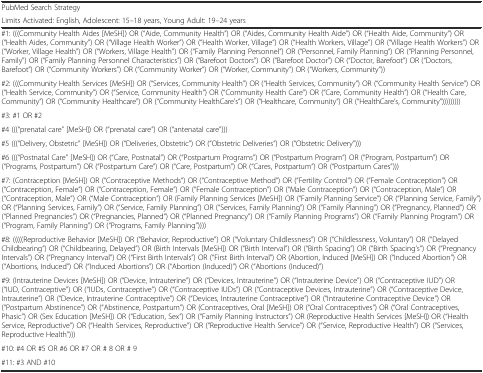
<table><thead><tr><td><b>PubMed Search Strategy</b></td></tr><tr><td><b>Limits Activated: English, Adolescent: 15–18 years, Young Adult: 19–24 years</b></td></tr></thead><tbody><tr><td>#1: (((Community Health Aides [MeSH]) OR (“Aide, Community Health”) OR (“Aides, Community Health Aide”) OR (“Health Aide, Community”) OR (“Health Aides, Community”) OR (“Village Health Worker”) OR (“Health Worker, Village”) OR (“Health Workers, Village”) OR (“Village Health Workers”) OR (“Worker, Village Health”) OR (“Workers, Village Health”) OR (“Family Planning Personnel”) OR (“Personnel, Family Planning”) OR (“Planning Personnel, Family”) OR (“Family Planning Personnel Characteristics”) OR (“Barefoot Doctors”) OR (“Barefoot Doctor”) OR (“Doctor, Barefoot”) OR (“Doctors, Barefoot”) OR (“Community Workers”) OR (“Community Worker”) OR (“Worker, Community”) OR (“Workers, Community”))</td></tr><tr><td>#2: (((Community Health Services [MeSH]) OR (“Services, Community Health”) OR (“Health Services, Community”) OR (“Community Health Service”) OR (“Health Service, Community”) OR (“Service, Community Health”) OR (“Community Health Care”) OR (“Care, Community Health”) OR (“Health Care, Community”) OR (“Community Healthcare”) OR (“Community HealthCare’s”) OR (“Healthcare, Community”) OR (“HealthCare’s, Community”)))))))))</td></tr><tr><td>#3: #1 OR #2</td></tr><tr><td>#4 (((“prenatal care” [MeSH]) OR (“prenatal care”) OR (“antenatal care”)))</td></tr><tr><td>#5 (((“Delivery, Obstetric” [MeSH]) OR (“Deliveries, Obstetric”) OR (“Obstetric Deliveries”) OR (“Obstetric Delivery”)))</td></tr><tr><td>#6 (((“Postnatal Care” [MeSH]) OR (“Care, Postnatal”) OR (“Postpartum Programs”) OR (“Postpartum Program”) OR (“Program, Postpartum”) OR (“Programs, Postpartum”) OR (“Postpartum Care”) OR (“Care, Postpartum”) OR (“Cares, Postpartum”) OR (“Postpartum Cares”)))</td></tr><tr><td>#7: (Contraception [MeSH]) OR (“Contraceptive Methods”) OR (“Contraceptive Method”) OR (“Fertility Control”) OR (“Female Contraception”) OR (“Contraception, Female”) OR (“Contraception, Female”) OR (“Female Contraception”) OR (“Male Contraception”) OR (“Contraception, Male”) OR (“Contraception, Male”) OR (“Male Contraception”) OR (Family Planning Services [MeSH]) OR (“Family Planning Service”) OR (“Planning Service, Family”) OR (“Planning Services, Family”) OR (“Service, Family Planning”) OR (“Services, Family Planning”) OR (“Family Planning”) OR (“Pregnancy, Planned”) OR (“Planned Pregnancies”) OR (“Pregnancies, Planned”) OR (“Planned Pregnancy”) OR (“Family Planning Programs”) OR (“Family Planning Program”) OR (“Program, Family Planning”) OR (“Programs, Family Planning”))))</td></tr><tr><td>#8: (((((Reproductive Behavior [MeSH]) OR (“Behavior, Reproductive”) OR (“Voluntary Childlessness”) OR (“Childlessness, Voluntary”) OR (“Delayed Childbearing”) OR (“Childbearing, Delayed”) OR (Birth Intervals [MeSH]) OR (“Birth Interval”) OR (“Birth Spacing”) OR (“Birth Spacing’s”) OR (“Pregnancy Intervals”) OR (“Pregnancy Interval”) OR (“First Birth Intervals”) OR (“First Birth Interval”) OR (Abortion, Induced [MeSH]) OR (“Induced Abortion”) OR (“Abortions, Induced”) OR (“Induced Abortions”) OR (“Abortion (Induced)”) OR (“Abortions (Induced)”)</td></tr><tr><td>#9: (Intrauterine Devices [MeSH]) OR (“Device, Intrauterine”) OR (“Devices, Intrauterine”) OR (“Intrauterine Device”) OR (“Contraceptive IUD”) OR (“IUD, Contraceptive”) OR (“IUDs, Contraceptive”) OR (“Contraceptive IUDs”) OR (“Contraceptive Devices, Intrauterine”) OR (“Contraceptive Device, Intrauterine”) OR (“Device, Intrauterine Contraceptive”) OR (“Devices, Intrauterine Contraceptive”) OR (“Intrauterine Contraceptive Device”) OR (“Postpartum Abstinence”) OR (“Abstinence, Postpartum”) OR (Contraceptives, Oral [MeSH]) OR (“Oral Contraceptives”) OR (“Oral Contraceptives, Phasic”) OR (Sex Education [MeSH]) OR (“Education, Sex”) OR (“Family Planning Instructors”) OR (Reproductive Health Services [MeSH]) OR (“Health Service, Reproductive”) OR (“Health Services, Reproductive”) OR (“Reproductive Health Service”) OR (“Service, Reproductive Health”) OR (“Services, Reproductive Health”)))</td></tr><tr><td>#10: #4 OR #5 OR #6 OR #7 OR # 8 OR # 9</td></tr><tr><td>#11: #3 AND #10</td></tr></tbody></table>